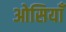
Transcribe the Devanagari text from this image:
ओसियाँ